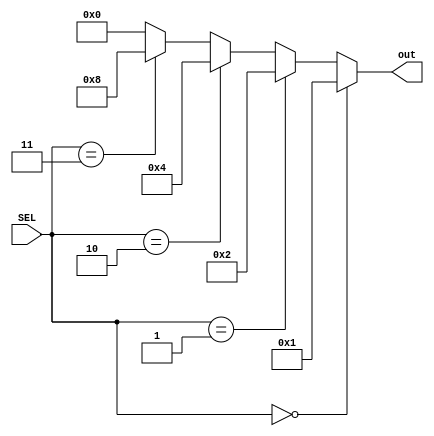
module mux_4x1bit(
    input [1:0] SEL,
    output [3:0] out
);

    // Seleo da sada com base em SEL
    assign out = (SEL == 2'b00) ? 4'b0001 :
                 (SEL == 2'b01) ? 4'b0010 :
                 (SEL == 2'b10) ? 4'b0100 :
                 (SEL == 2'b11) ? 4'b1000 :
                 4'b0000; // Default case, although this should never be reached.

endmodule